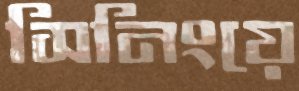
সিনিংয়ে